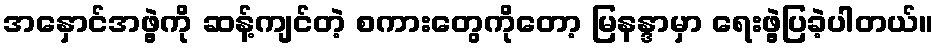
အနှောင်အဖွဲ့ကို ဆန့်ကျင်တဲ့ စကားတွေကိုတော့ မြနန္ဒာမှာ ရေးဖွဲ့ပြခဲ့ပါတယ်။